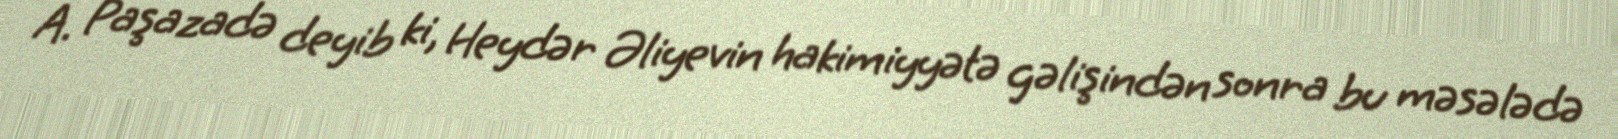
A. Paşazadə deyib ki, Heydər Əliyevin hakimiyyətə gəlişindən sonra bu məsələdə